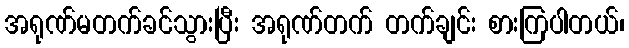
အရုဏ်မတက်ခင်သွားပြီး အရုဏ်တက် တက်ချင်း စားကြပါတယ်၊